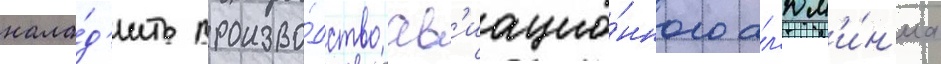
нала́д'ить произво́дство ав'иацио́нного ал'юм'и́н'иа